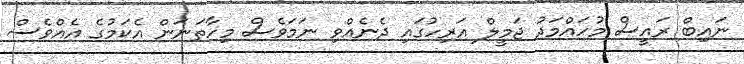
ނައިބް ރައީސް މުހައްމަދު ޖަމީލް އަރިހުގައި ދެނެއްވި ނަމަވެސް މިހާތަނަން އެކަމުގެ އެއްވެސް